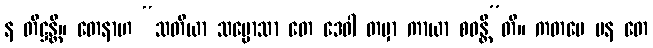
န တိဋ္ဌန္တိ။ တေနာဟ “သတိယာ သမ္မောသာ တေ ဒေဝါ တမှာ ကာယာ စဝန္တီ”တိ။ ကတမေ ပန တေ